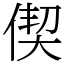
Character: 偰